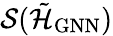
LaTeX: \mathcal{S}(\tilde{\mathcal{H}}_{\mathrm{GNN}})